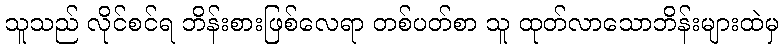
သူသည် လိုင်စင်ရ ဘိန်းစားဖြစ်လေရာ တစ်ပတ်စာ သူ ထုတ်လာသောဘိန်းများထဲမှ